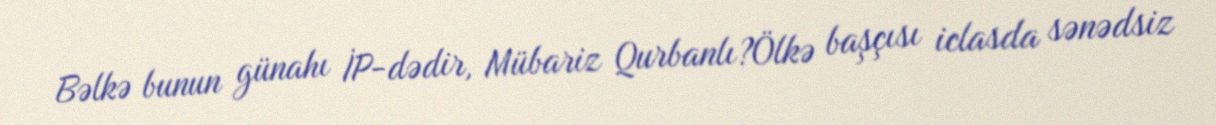
Bəlkə bunun günahı İP-dədir, Mübariz Qurbanlı?Ölkə başçısı iclasda sənədsiz